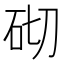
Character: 砌